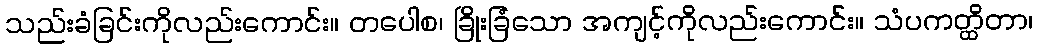
သည်းခံခြင်းကိုလည်းကောင်း။ တပေါစ၊ ခြိုးခြံသော အကျင့်ကိုလည်းကောင်း။ သံပကတ္ထိတာ၊